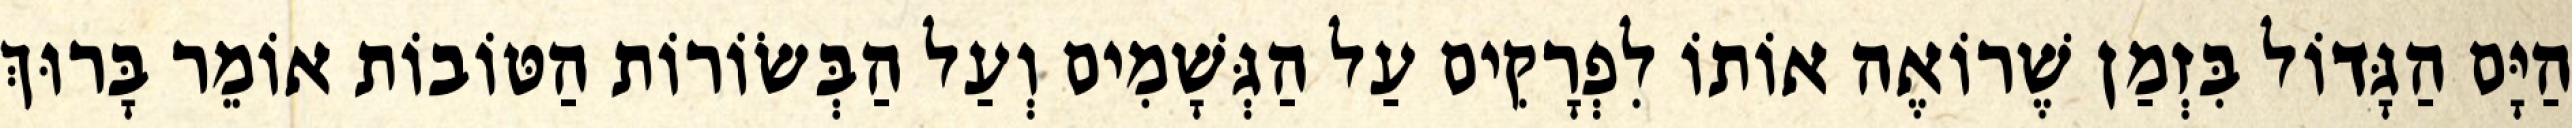
הַיָּם הַגָּדוֹל בִּזְמַן שֶׁרוֹאֶה אוֹתוֹ לִפְרָקִים עַל הַגְּשָׁמִים וְעַל הַבְּשׂוֹרוֹת הַטּוֹבוֹת אוֹמֵר בָּרוּךְ